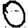
Digit: 0